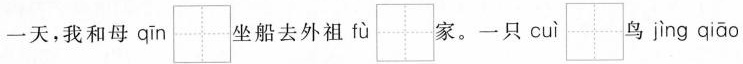
一天，我和母 qīn \aquare 坐船去外祖 fù \aquare 家。一只 cuì \aquare 鸟 jìng qiāo